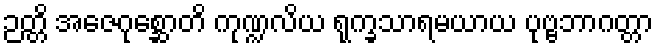
ဉတ္တိ အဇေဂုစ္ဆောတိ ကုဏ္ဍလိယ ရုက္ခသာရမယာယ ပုဗ္ဗဘာဂတ္တာ